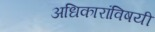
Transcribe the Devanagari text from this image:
अधिकारांविषयी